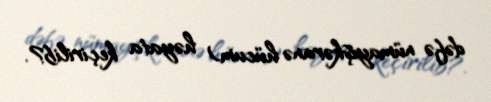
dəfə nümayişkəranə hücum) həyata keçirilib?.